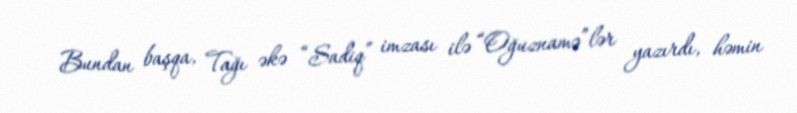
Bundan başqa, Tağı əkə “Sadiq” imzası ilə “Oğuznamə”lər yazırdı, həmin